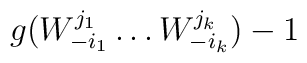
g(W^{j_{1}}_{-i_{1}}\dots W^{j_{k}}_{-i_{k}})-1